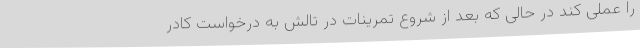
را عملی کند در حالی که بعد از شروع تمرینات در تالش به درخواست کادر